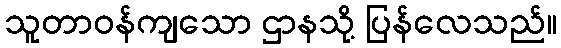
သူတာဝန်ကျသော ဌာနသို့ ပြန်လေသည်။